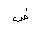
Letter: _dad